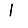
Digit: 1